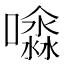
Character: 𡂊